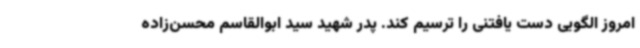
امروز الگویی دست یافتنی را ترسیم کند. پدر شهید سید ابوالقاسم محسن‌زاده